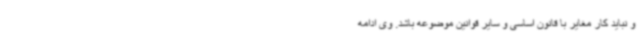
و نباید کار مغایر با قانون اساسی و سایر قوانین موضوعه باشد. وی ادامه